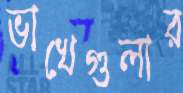
ভাখেগুলার